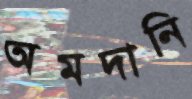
অমদানি